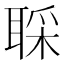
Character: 𫆇